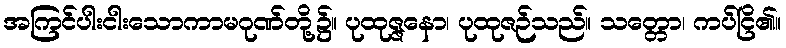
အကြင်ပါးငါးသောကာမဂုဏ်တို့၌။ ပုထုဇ္ဇနော၊ ပုထုဇဉ်သည်။ သတ္တော၊ ကပ်ငြိ၏။